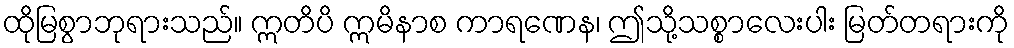
ထိုမြစွာဘုရားသည်။ ဣတိပိ ဣမိနာစ ကာရဏေန၊ ဤသို့သစ္စာလေးပါး မြတ်တရားကို